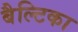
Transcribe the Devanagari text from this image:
बैल्टिका